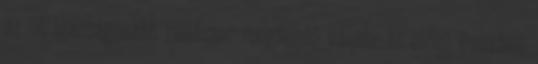
az új, igazságosabb rendszer megfelelő válasz az előző években